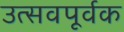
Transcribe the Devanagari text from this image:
उत्सवपूर्वक